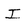
Character: I